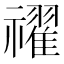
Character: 𥜔